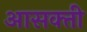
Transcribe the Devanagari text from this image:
आसक्‍ती